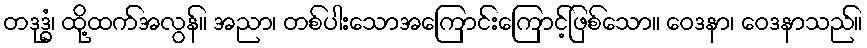
တဒုဒ္ဓံ၊ ထို့ထက်အလွန်။ အညာ၊ တစ်ပါးသောအကြောင်းကြောင့်ဖြစ်သော။ ဝေဒနာ၊ ဝေဒနာသည်။